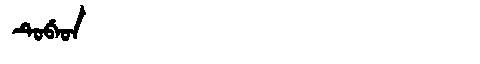
Manchu: ᡨᡠᠪᡝᡨ
Romanization: TUBET